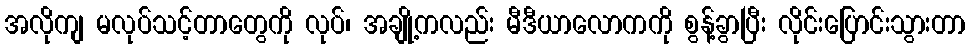
အလိုကျ မလုပ်သင့်တာတွေကို လုပ်၊ အချို့ကလည်း မီဒီယာလောကကို စွန့်ခွာပြီး လိုင်းပြောင်းသွားတာ